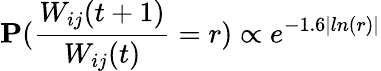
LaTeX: \mathbf{P}(\frac{W_{ij}(t+1)}{W_{ij}(t)}=r)\propto e^{-1.6|ln(r)|}